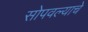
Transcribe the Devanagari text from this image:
सोपवल्याचे